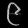
Digit: ၉